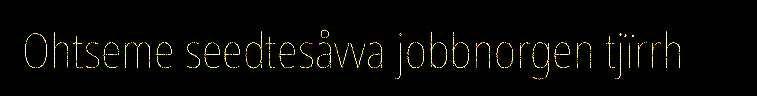
Ohtseme seedtesåvva jobbnorgen tjïrrh